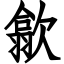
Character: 歙